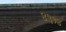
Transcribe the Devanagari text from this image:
४३१४